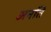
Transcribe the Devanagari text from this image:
अनति